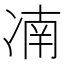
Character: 㓓